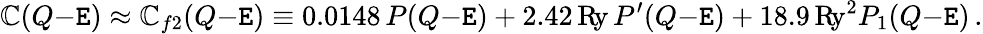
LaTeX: \mathbb{C}(Q{-}\mathtt{E})\approx\mathbb{C}_{f2}(Q{-}\mathtt{E})\equiv0.0148\, P(Q{-}\mathtt{E})+2.42\, \mathrm{{R\! y}}\, P^{\prime}(Q{-}\mathtt{E})+18.9\, \mathrm{{R\! y}}^{2}P_{1}(Q{-}\mathtt{E})\, .